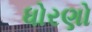
ધોરણો